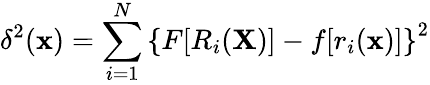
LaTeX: \delta^{2}(\mathbf{x})=\sum_{i=1}^{N}\left\{ F[R_{i}(\mathbf{X})]-f[r_{i}(\mathbf{x})]\right\} ^{2}